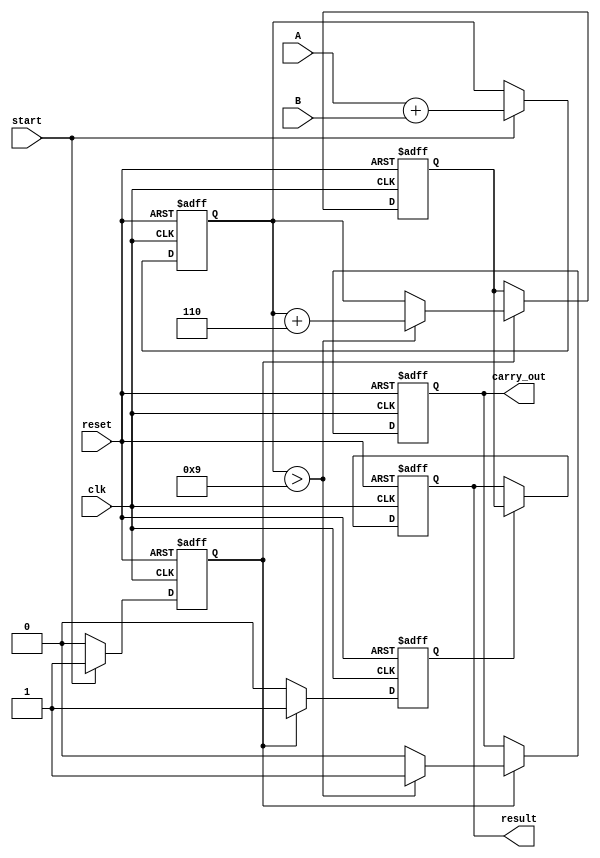
module BCD_Pipelined_Adder (
    input wire clk,
    input wire reset,
    input wire [3:0] A,        // First BCD digit
    input wire [3:0] B,        // Second BCD digit
    input wire start,          // Control signal to start addition
    output reg [3:0] result,   // BCD result
    output reg carry_out       // Carry output
);

    // Internal registers for pipelining
    reg [3:0] sum_stage1;      // Stage 1: Sum of A and B
    reg [3:0] corrected_sum;    // Stage 2: Corrected sum
    reg stage1_valid, stage2_valid; // Valid signals for stages

    // BCD Correction constant (6)
    parameter CORRECTION = 4'b0110;

    // Stage 1: Input capture and initial addition
    always @(posedge clk or posedge reset) begin
        if (reset) begin
            sum_stage1 <= 4'b0000;
            stage1_valid <= 1'b0;
        end else if (start) begin
            sum_stage1 <= A + B;
            stage1_valid <= 1'b1;
        end else begin
            stage1_valid <= 1'b0;
        end
    end

    // Stage 2: BCD correction logic
    always @(posedge clk or posedge reset) begin
        if (reset) begin
            corrected_sum <= 4'b0000;
            stage2_valid <= 1'b0;
            carry_out <= 1'b0;
        end else if (stage1_valid) begin
            // Check if sum exceeds 9 or if there is a carry
            if (sum_stage1 > 4'b1001) begin
                corrected_sum <= sum_stage1 + CORRECTION; // Apply correction
                carry_out <= 1'b1; // Set carry out
            end else begin
                corrected_sum <= sum_stage1; // No correction needed
                carry_out <= 1'b0; // No carry out
            end
            stage2_valid <= 1'b1;
        end else begin
            stage2_valid <= 1'b0;
        end
    end

    // Stage 3: Output generation
    always @(posedge clk or posedge reset) begin
        if (reset) begin
            result <= 4'b0000;
        end else if (stage2_valid) begin
            result <= corrected_sum; // Output the corrected sum
        end
    end

endmodule